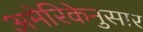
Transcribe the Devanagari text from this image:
अमेरिकेनुसार